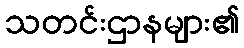
သတင်းဌာနများ၏